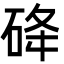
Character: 䂫